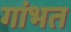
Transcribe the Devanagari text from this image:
गांभत